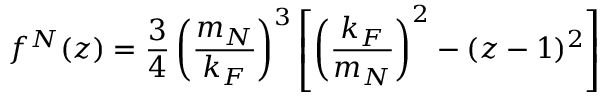
f ^ { N } ( z ) = \frac { 3 } { 4 } \left( \frac { m _ { N } } { k _ { F } } \right) ^ { 3 } \left[ \left( \frac { k _ { F } } { m _ { N } } \right) ^ { 2 } - ( z - 1 ) ^ { 2 } \right]